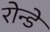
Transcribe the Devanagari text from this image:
रोन्डे